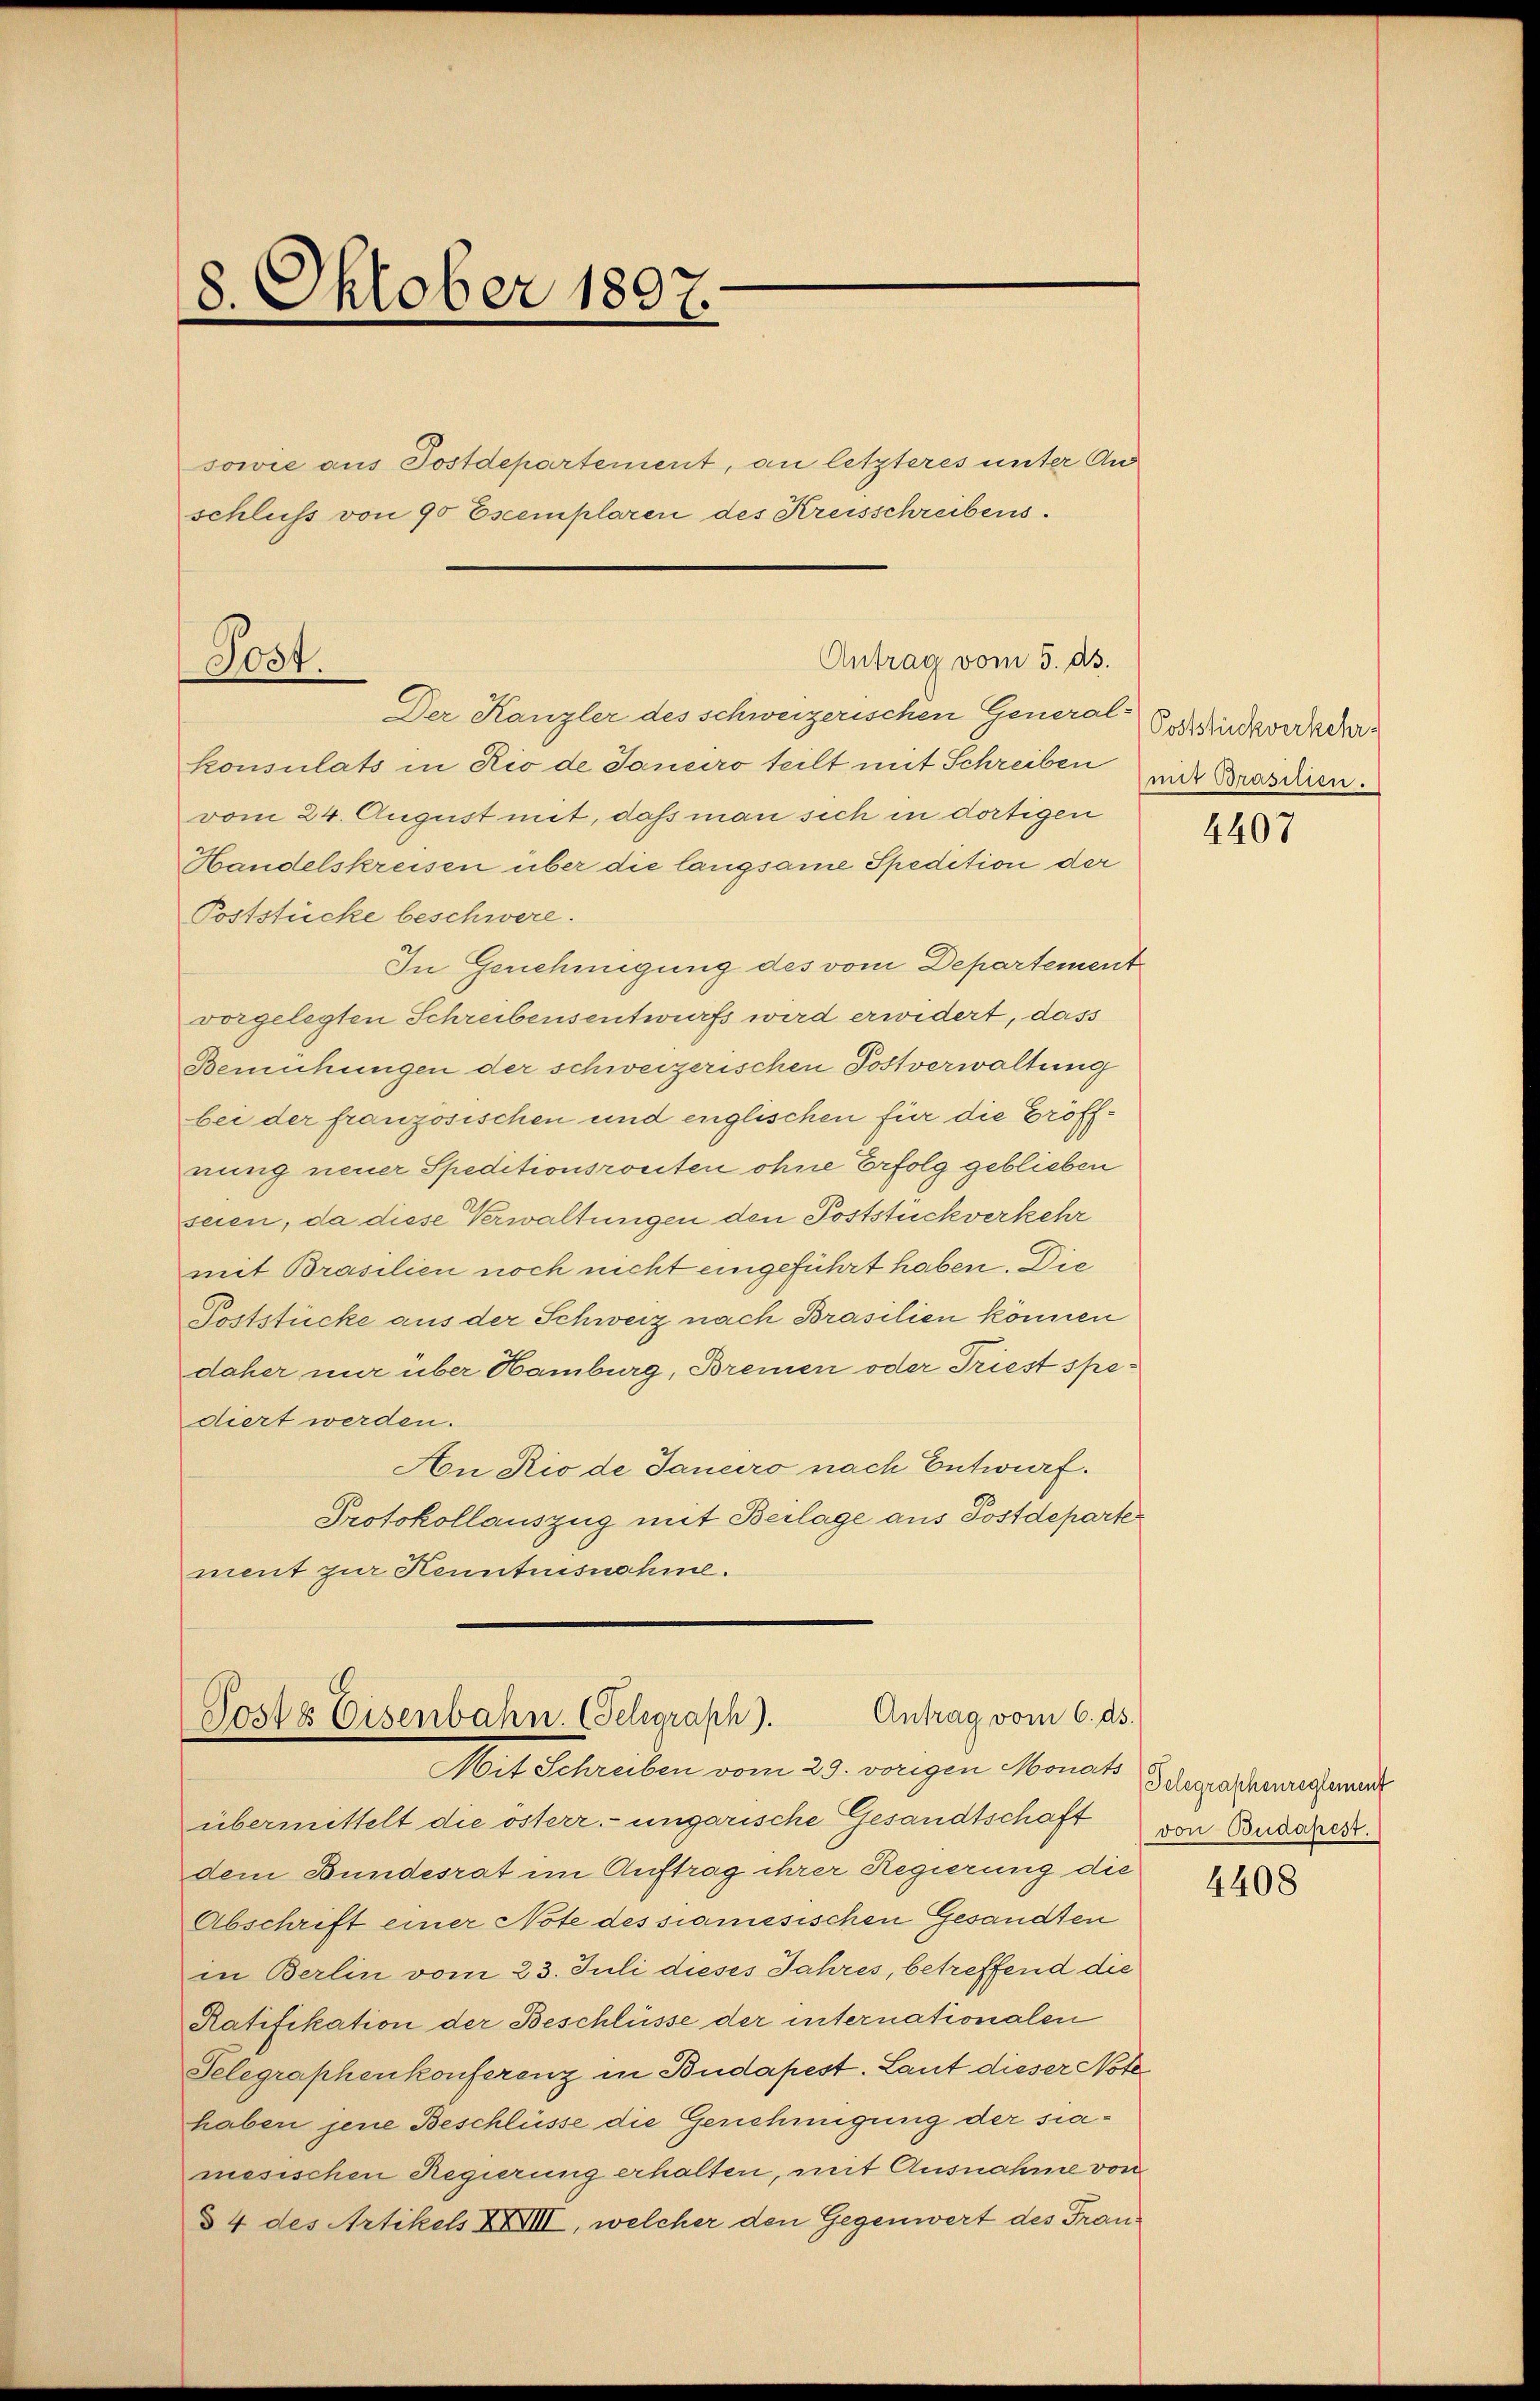
8. Oktober 1897.

sowie aus Postdepartement, an letzteres unter Au
schluss von 90 Exemplaren des Kreisschreibens.

Antrag vom 5. ds.
Post.
Der Kanzler des schweizerischen General-

Antrag vom 6. ds.
Posts Eisenbahn. (Telegraph).
Noct Schreiben vom 29. vorigen Monat

konsulats in Rio de Janeiro teilt mit Schreiben
vom 24. August mit, daß man sich in dortigen
Handelskreisen über die langsame Spedition der
Poststücke beschwere.
In Genehmigung des vom Departement
vorgelegten Schreibensentwurfs wird erwidert, dass
Bemühungen der schweizerischen Postverwaltung
bei der französischen und englischen für die Eröffnung neuer Speditionsrouten ohne Erfolg geblieben
seien, da diese Verwaltungen den Poststückverkehr
mit Brasilien noch nicht eingeführt haben. Die
Poststücke aus der Schweiz nach Brasilien können
daher nur über Hamburg, Bremen oder Triest spediert werden.
An Rio de Janeiro nach Entwurf.
Protokollauszug mit Beilage aus Postdeparte
ment zur Kenntnisnehme.

übermittelt die österr.- ungarische Gesandtschaft
dem Bundesrat im Auftrag ihrer Regierung die
Abschrift einer Note des samesischen Gesandten
in Berlin vom 23. Juli dieses Jahres, betreffend die
Ratifikation der Beschlüsse der internationalen
Telegraphenkonferenz in Budapest. Laut dieser Note
haben jene Beschlüsse die Genehmigung der siamesischen Regierung erhalten, mit Ausnahme von
§ 4 des Artikels XXIII, welcher den Gegenwert des Fran¬

Poststuckverkehr
mit Brasilien.

4407

Telegraphenreglement
von Budapest.

4408